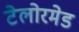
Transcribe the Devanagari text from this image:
टेलोरमेड